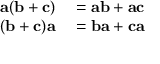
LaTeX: \begin{array} { r l } { \mathbf { a } ( \mathbf { b } + \mathbf { c } ) } & { { } = \mathbf { a b } + \mathbf { a c } } \\ { ( \mathbf { b } + \mathbf { c } ) \mathbf { a } } & { { } = \mathbf { b a } + \mathbf { c a } } \end{array}